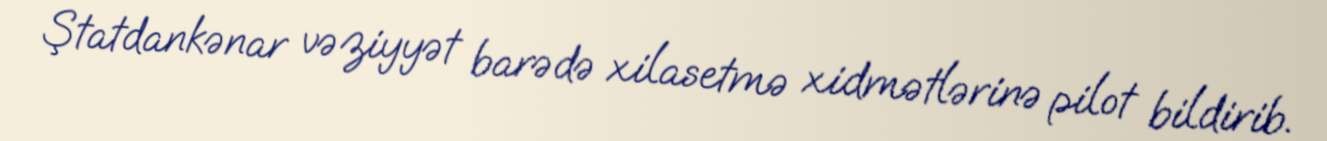
Ştatdankənar vəziyyət barədə xilasetmə xidmətlərinə pilot bildirib.